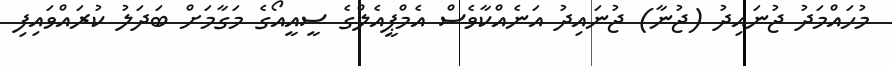
މުހައްމަދު ޖުނައިދު (ޖުނާ) ޖުނައިދު އަނެއްކާވެސް އެމްޕީއެލްގެ ސީއީއޯގެ މަގާމަށް ބަދަލު ކުރައްވައިފި